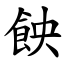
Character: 䬬